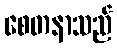
စေတနာသည်